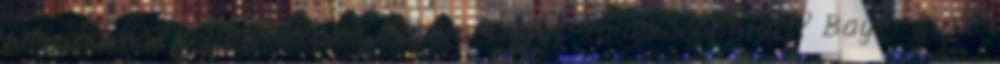
Miért sírnak a liberálisok a Putyin-Trump-találkozó miatt? Bayer Zsolt: